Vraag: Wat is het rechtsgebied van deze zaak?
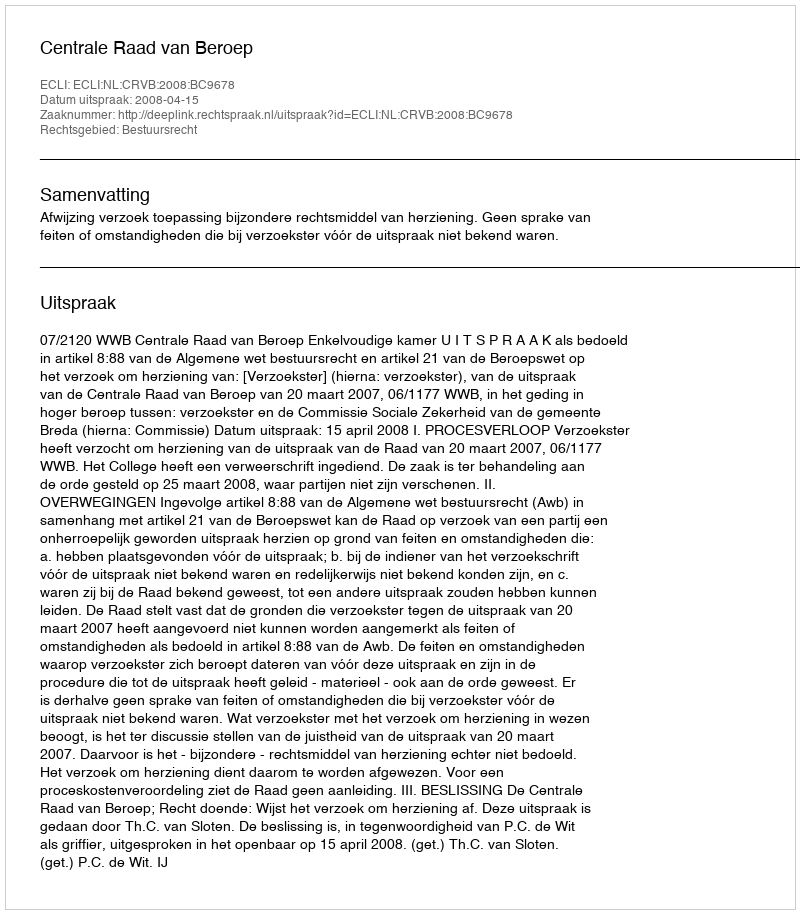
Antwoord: Bestuursrecht